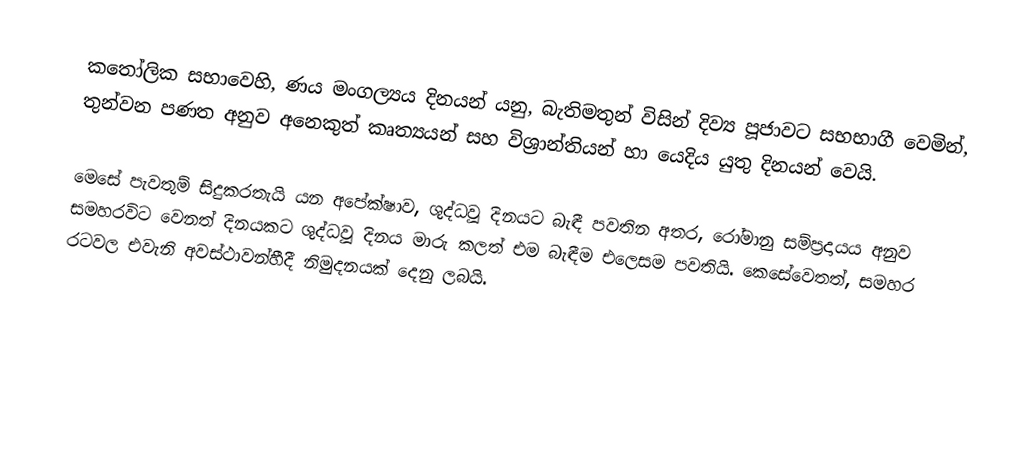
කතෝලික සභාවෙහි, ණය මංගල්‍යය දිනයන් යනු, බැතිමතුන් විසින් දිව්‍ය පූජාවට සභභාගී වෙමින්, තුන්වන පණත අනුව අනෙකුත්  කෘත්‍යයන් සහ  විශ්‍රාන්තියන් හා යෙදිය යුතු දිනයන් වෙයි.

මෙසේ පැවතුම් සිදුකරතැයි යන  අපේක්ෂාව, ශුද්ධවූ දිනයට බැඳී පවතින අතර,  රෝමානු සම්ප්‍රදායය අනුව සමහරවිට වෙනත් දිනයකට ශුද්ධවූ දිනය මාරු කලත් එම බැඳීම එලෙසම පවතියි. කෙසේවෙතත්, සමහර රටවල එවැනි අවස්ථාවන්හීදී  නිමුදනයක් දෙනු ලබයි.